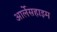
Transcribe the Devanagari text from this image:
आर्लेसहाइम